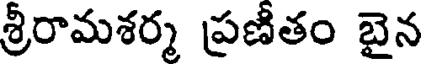
శ్రీరామశర్మ ప్రణీతం బైన